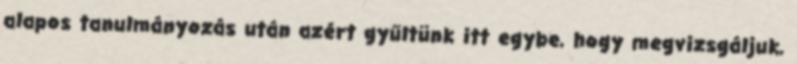
alapos tanulmányozás után azért gyűltünk itt egybe, hogy megvizsgáljuk,